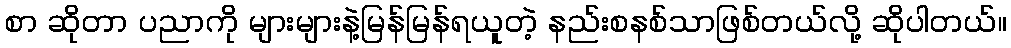
စာ ဆိုတာ ပညာကို များများနဲ့မြန်မြန်ရယူတဲ့ နည်းစနစ်သာဖြစ်တယ်လို့ ဆိုပါတယ်။